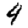
Digit: 4